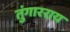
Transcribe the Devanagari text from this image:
तुंगारराय